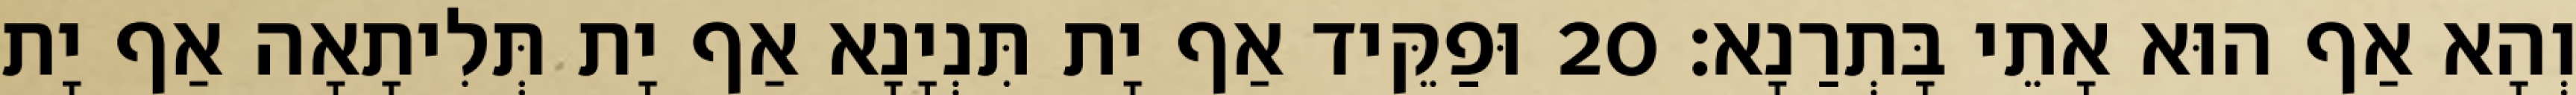
וְהָא אַף הוּא אָתֵי בָּתְרַנָא׃ 20 וּפַקֵּיד אַף יָת תִּנְיָנָא אַף יָת תְּלִיתָאָה אַף יָת